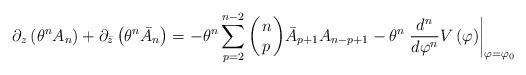
\begin{align*}\partial_z\left(\theta^{n}A_n\right)+\partial_{\bar{z}}\left(\theta^n\bar{A}_n\right) = -\theta^n\sum_{p=2}^{n-2}\left(\!\!\begin{array}{c}n\\p\end{array}\!\!\right)\!\bar{A}_{p+1}A_{n-p+1}-\theta^n\left.\frac{d^n}{d\varphi^n}V\left(\varphi\right)\right|_{\varphi=\varphi_0}\end{align*}